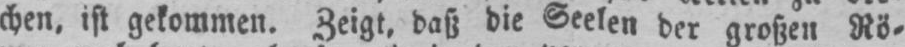
chen, ist gekommen. Zeigt, daß die Seelen der großen Rö⸗